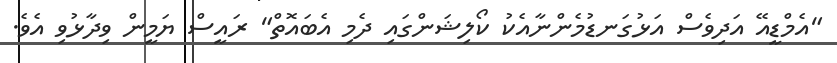
"އެމްޑީއޭ އަދިވެސް އަޅުގަނޑުމެންނާއެކު ކޯލިޝަންގައި ދެމި އެބައޮތް" ރައީސް ޔަމީން ވިދާޅުވި އެވެ.